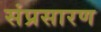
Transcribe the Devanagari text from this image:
संप्रसारण